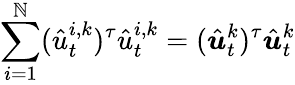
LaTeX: \sum_{i=1}^{\mathbb{N}}(\hat{{u}}_{t}^{i,k})^{\tau}\hat{{u}}_{t}^{i,k}=(\hat{{\boldsymbol{u}}}_{t}^{k})^{\tau}\hat{{\boldsymbol{u}}}_{t}^{k}